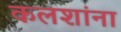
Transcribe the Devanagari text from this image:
कलशांना